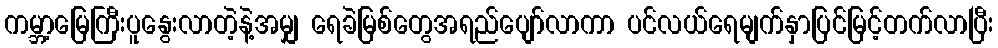
ကမ္ဘာ့မြေကြီးပူနွေးလာတဲ့နဲ့အမျှ ရေခဲမြစ်တွေအရည်ပျော်လာကာ ပင်လယ်ရေမျက်နှာပြင်မြင့်တက်လာပြီး